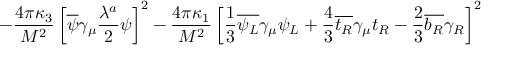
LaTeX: - { \frac { 4 \pi \kappa _ { 3 } } { M ^ { 2 } } } \left[ \overline { { { \psi } } } \gamma _ { \mu } { \frac { \lambda ^ { a } } { 2 } } \psi \right] ^ { 2 } - { \frac { 4 \pi \kappa _ { 1 } } { M ^ { 2 } } } \left[ { \frac { 1 } { 3 } } \overline { { { \psi _ { L } } } } \gamma _ { \mu } \psi _ { L } + { \frac { 4 } { 3 } } \overline { { { t _ { R } } } } \gamma _ { \mu } t _ { R } - { \frac { 2 } { 3 } } \overline { { { b _ { R } } } } \gamma _ { R } \right] ^ { 2 }